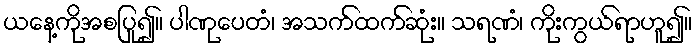
ယနေ့ကိုအစပြု၍။ ပါဏုပေတံ၊ အသက်ထက်ဆုံး။ သရဏံ၊ ကိုးကွယ်ရာဟူ၍။